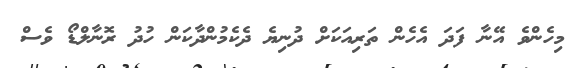
މިހެންވެ އޭނާ ފަދަ އެހެން ތަރިއަކަށް ދުނިޔެ ދެކެމުންދާކަން ހުދު ރޮނާލްޑޯ ވެސް